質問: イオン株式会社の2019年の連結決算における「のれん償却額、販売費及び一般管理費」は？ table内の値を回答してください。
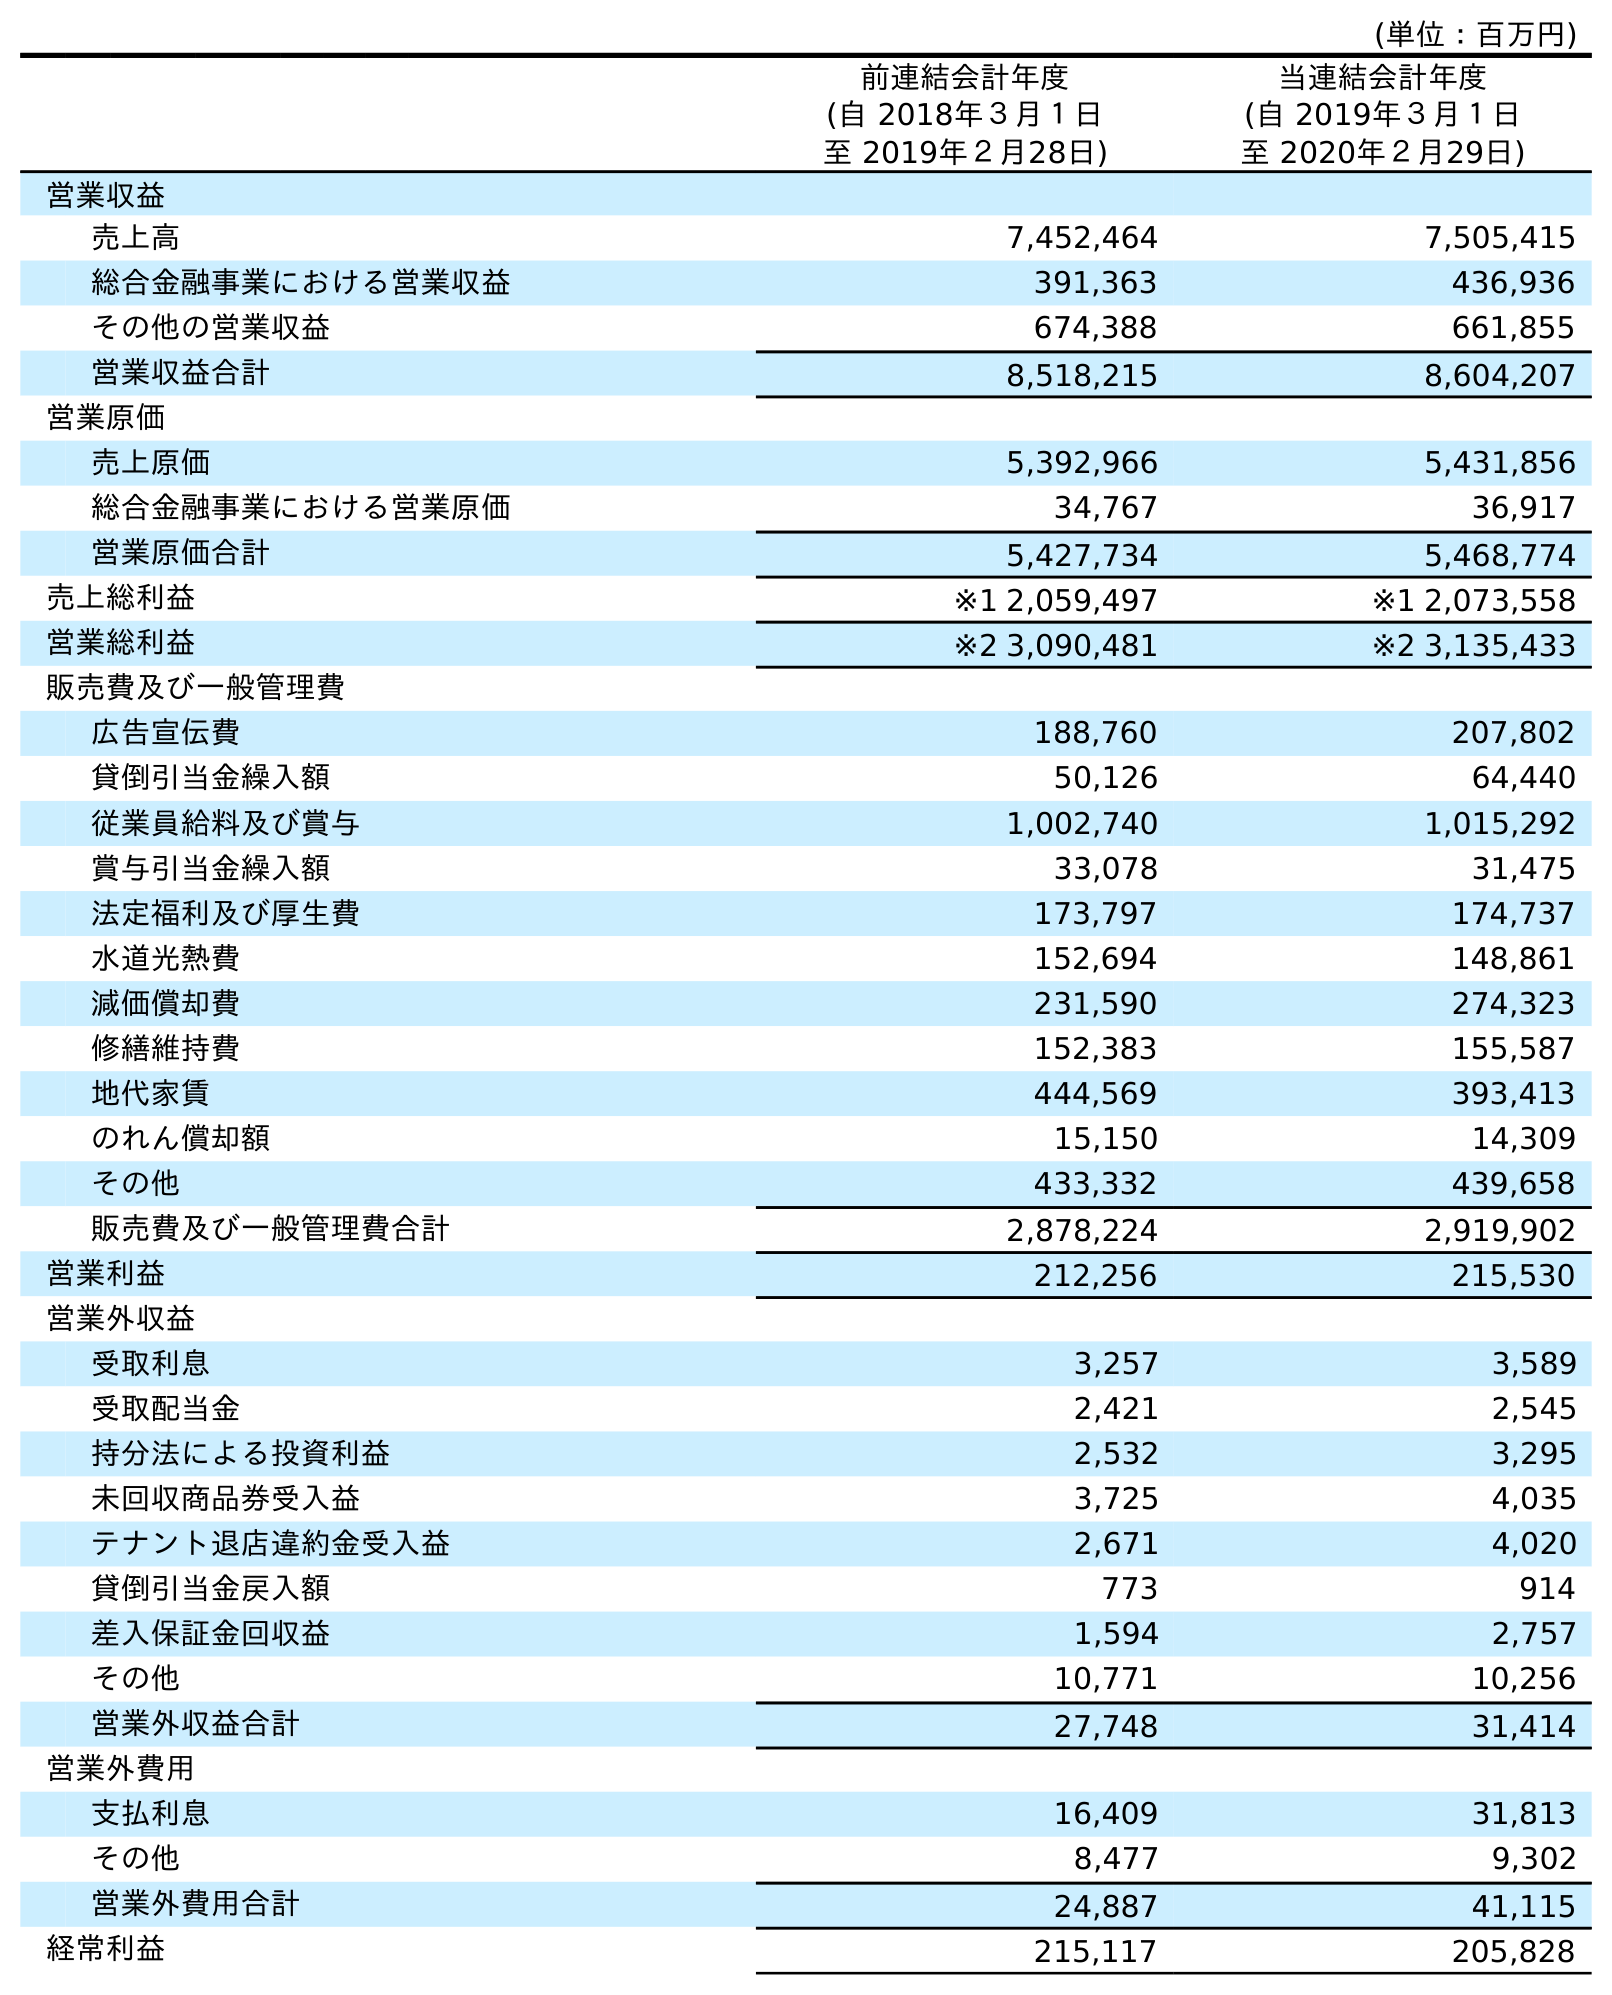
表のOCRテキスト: (単位：百万円) 前連結会計年度 (自 2018年３月１日 至 2019年２月28日) 当連結会計年度 (自 2019年３月１日 至 2020年２月29日) 営業収益 売上高 7,452,464 7,505,415 総合金融事業における営業収益 391,363 436,936 その他の営業収益 674,388 661,855 営業収益合計 8,518,215 8,604,207 営業原価 売上原価 5,392,966 5,431,856 総合金融事業における営業原価 34,767 36,917 営業原価合計 5,427,734 5,468,774 売上総利益 ※1 2,059,497 ※1 2,073,558 営業総利益 ※2 3,090,481 ※2 3,135,433 販売費及び一般管理費 広告宣伝費 188,760 207,802 貸倒引当金繰入額 50,126 64,440 従業員給料及び賞与 1,002,740 1,015,292 賞与引当金繰入額 33,078 31,475 法定福利及び厚生費 173,797 174,737 水道光熱費 152,694 148,861 減価償却費 231,590 274,323 修繕維持費 152,383 155,587 地代家賃 444,569 393,413 のれん償却額 15,150 14,309 その他 433,332 439,658 販売費及び一般管理費合計 2,878,224 2,919,902 営業利益 212,256 215,530 営業外収益 受取利息 3,257 3,589 受取配当金 2,421 2,545 持分法による投資利益 2,532 3,295 未回収商品券受入益 3,725 4,035 テナント退店違約金受入益 2,671 4,020 貸倒引当金戻入額 773 914 差入保証金回収益 1,594 2,757 その他 10,771 10,256 営業外収益合計 27,748 31,414 営業外費用 支払利息 16,409 31,813 その他 8,477 9,302 営業外費用合計 24,887 41,115 経常利益 215,117 205,828
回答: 15,150